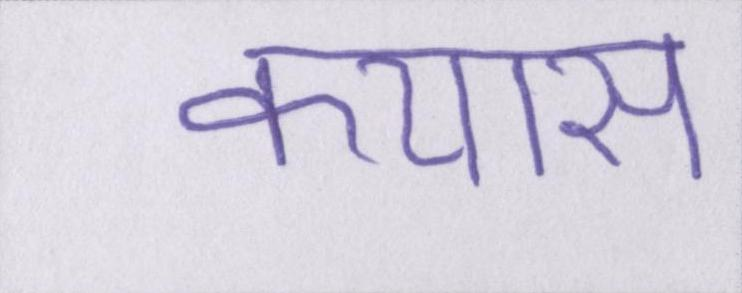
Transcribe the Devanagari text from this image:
कयास